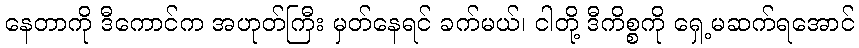
နေတာကို ဒီကောင်က အဟုတ်ကြီး မှတ်နေရင် ခက်မယ်၊ ငါတို့ ဒီကိစ္စကို ရှေ့မဆက်ရအောင်